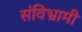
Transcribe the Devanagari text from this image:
संविभ्रामी